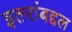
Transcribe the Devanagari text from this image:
इतरांबद्दल